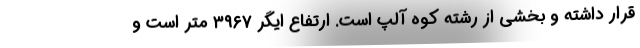
قرار داشته و بخشی از رشته کوه آلپ است. ارتفاع ایگر ۳۹۶۷ متر است و